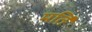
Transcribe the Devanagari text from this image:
मर्ति